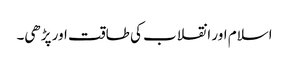
اسلام اور انقلاب کی طاقت اور پڑھی۔